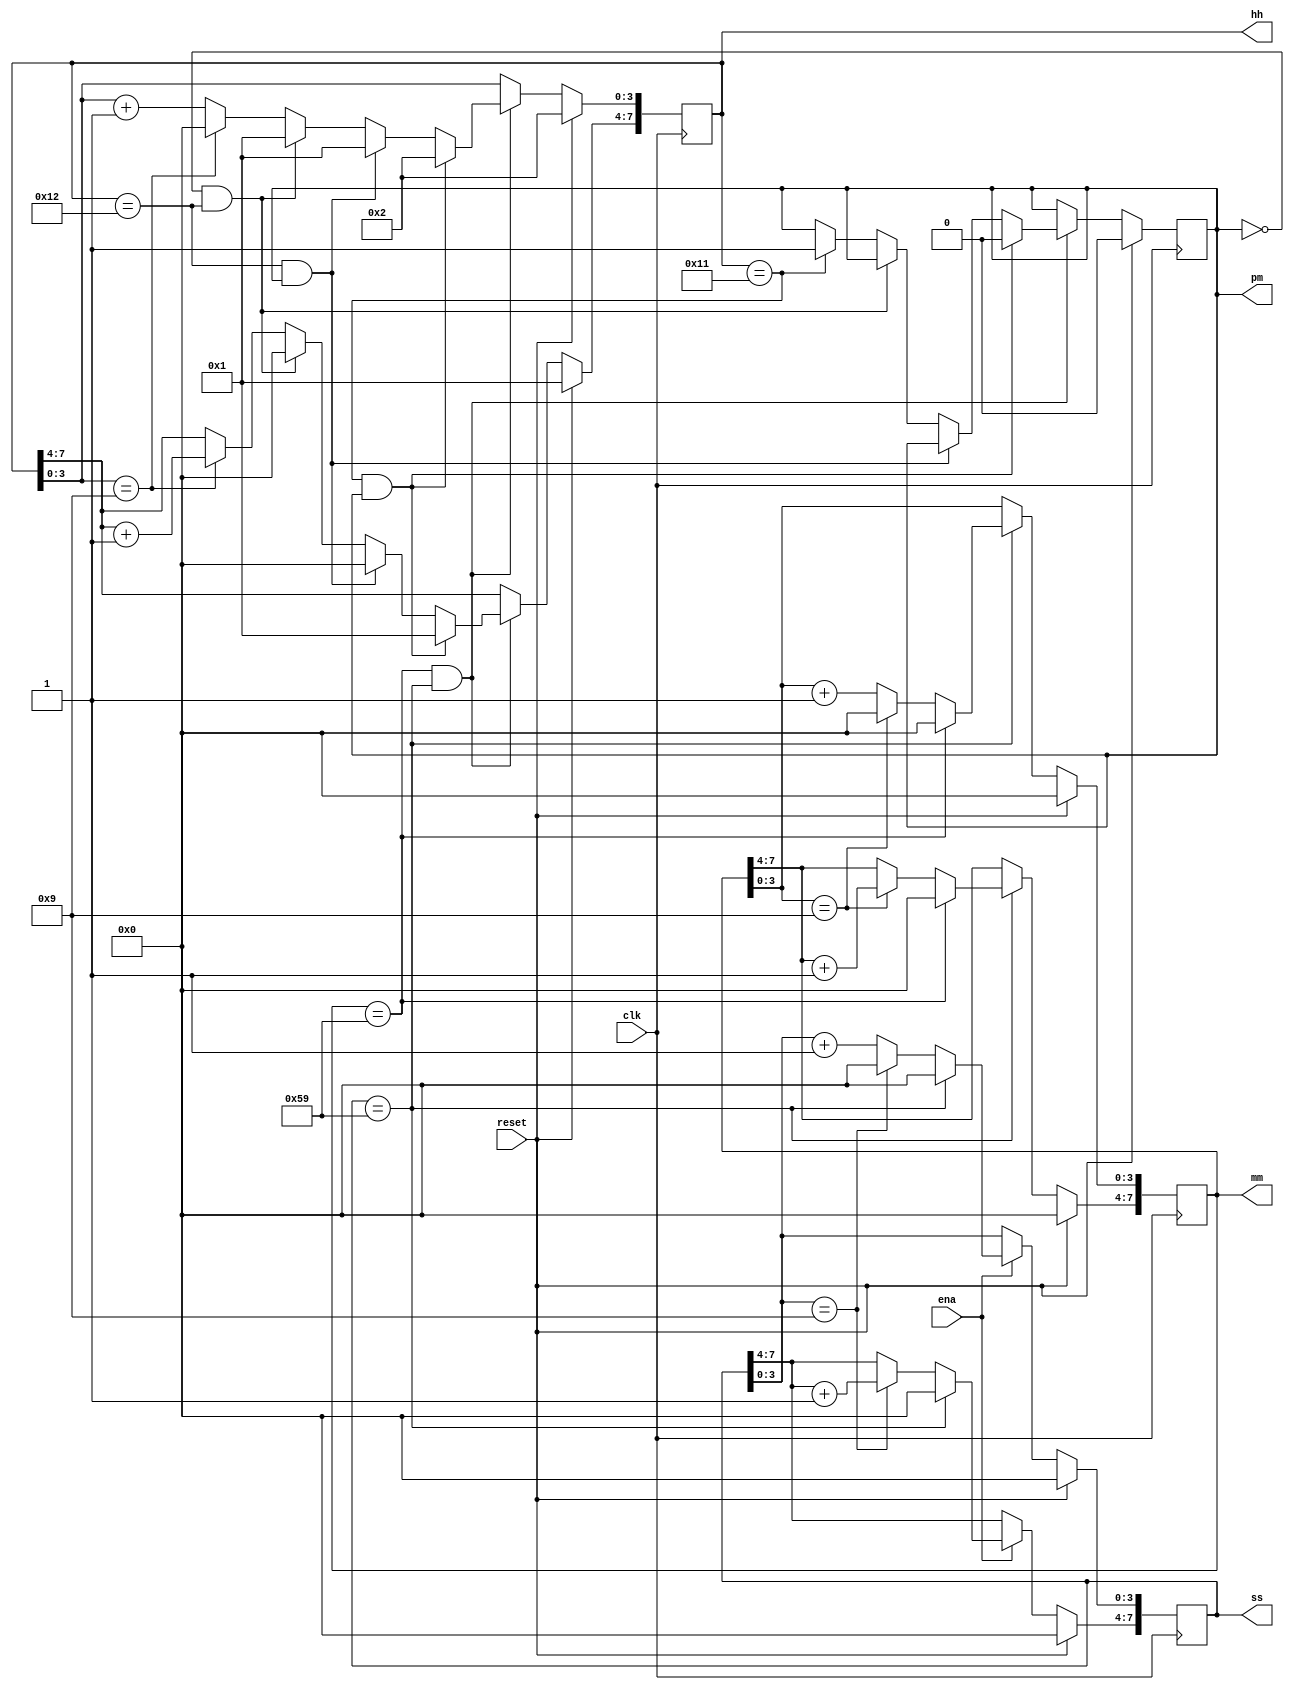
module top_module(
    input clk,
    input reset,
    input ena,
    output pm,
    output [7:0] hh,
    output [7:0] mm,
    output [7:0] ss); 

    always @(posedge clk) begin
        if(reset)
            ss = 8'h00;
        else if(ena) begin
                if(ss[7:0]==8'h59)
                    ss[7:0]<=8'h00;
                else begin
                    if(ss[3:0]==4'h9) begin
                        ss[7:4] <= ss[7:4] + 4'd1;
                        ss[3:0] <= 4'd0;
                    end
                    else 
                        ss[3:0] <= ss[3:0] + 4'd1;
                end
        end
        else
           	ss <= ss;
    end
    
    always @(posedge clk) begin
        if(reset)
            mm = 8'h00;
        else begin
            if(ss[7:0]==8'h59) begin
                if(mm[7:0]==8'h59)
                    mm[7:0]<=8'h00;
                else begin
                    if(mm[3:0]==4'h9) begin
                        mm[7:4] <= mm[7:4] + 4'd1;
                        mm[3:0] <= 4'd0;
                    end
                    else 
                        mm[3:0] <= mm[3:0] + 4'd1;
                end
            end
            else
                mm <= mm;
        end
    end
    
    always @(posedge clk) begin
        if(reset) begin
            pm=1'b0;
            hh=8'h12;
        end
        else begin
            if(mm[7:0]==8'h59&ss[7:0]==8'h59)begin
                if(hh[7:0]==8'h11&pm)begin
                    hh[7:0]<=8'h12;pm<=0;
                end
                else if(hh[7:0]==8'h12&pm)
                    hh <= 8'h01;
                else if(~pm&hh==8'h12)
                    hh <= 8'h01;
                else begin                    
                    if(hh[3:0]==4'h9) begin
                        hh[7:4] <= hh[7:4] + 4'd1;
                        hh[3:0] <= 4'd0;
                    end
                    else 
                        hh[3:0] <= hh[3:0] + 4'd1;
                    if(hh==8'h11)
                        pm=1'b1;
                end
            end
            else
                hh <= hh;
        end
    end
    
endmodule